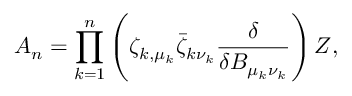
A _ { n } = \prod _ { k = 1 } ^ { n } \left( \zeta _ { k , \mu _ { k } } \bar { \zeta } _ { k \nu _ { k } } { \frac { \delta } { \delta B _ { \mu _ { k } \nu _ { k } } } } \right) Z ,